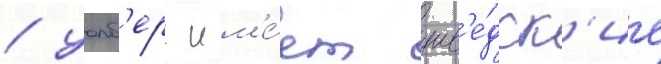
/ уолб'ерг им'е́ет шв'е́дск'ие